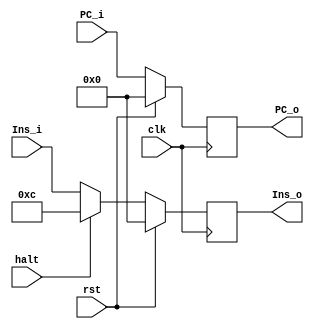
`timescale 1ns / 1ps
//////////////////////////////////////////////////////////////////////////////////
// Company: HUST
// Engineer: 
// 
// Design Name: CPU_Optimal_Streamline
// Module Name: IF_ID
// 
//////////////////////////////////////////////////////////////////////////////////

//IF_ID
module if_id(
    input       clk, rst, halt, 
    input       [31:0] Ins_i, PC_i,
    output reg  [31:0] Ins_o, PC_o
    );
    initial begin
        Ins_o  <= 0;
        PC_o   <= 0;          
    end
    always @(posedge clk) begin
        if (rst) begin
            Ins_o  <= 0;
            PC_o   <= 0;          
        end
        else if(halt) begin
            Ins_o  <= 32'h000c;
            PC_o   <= PC_i;     
        end
        else begin
            Ins_o  <= Ins_i;
            PC_o   <= PC_i;          
        end
    end
    //A,B,PC,IMM
endmodule